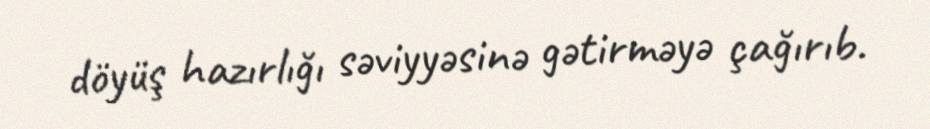
döyüş hazırlığı səviyyəsinə gətirməyə çağırıb.